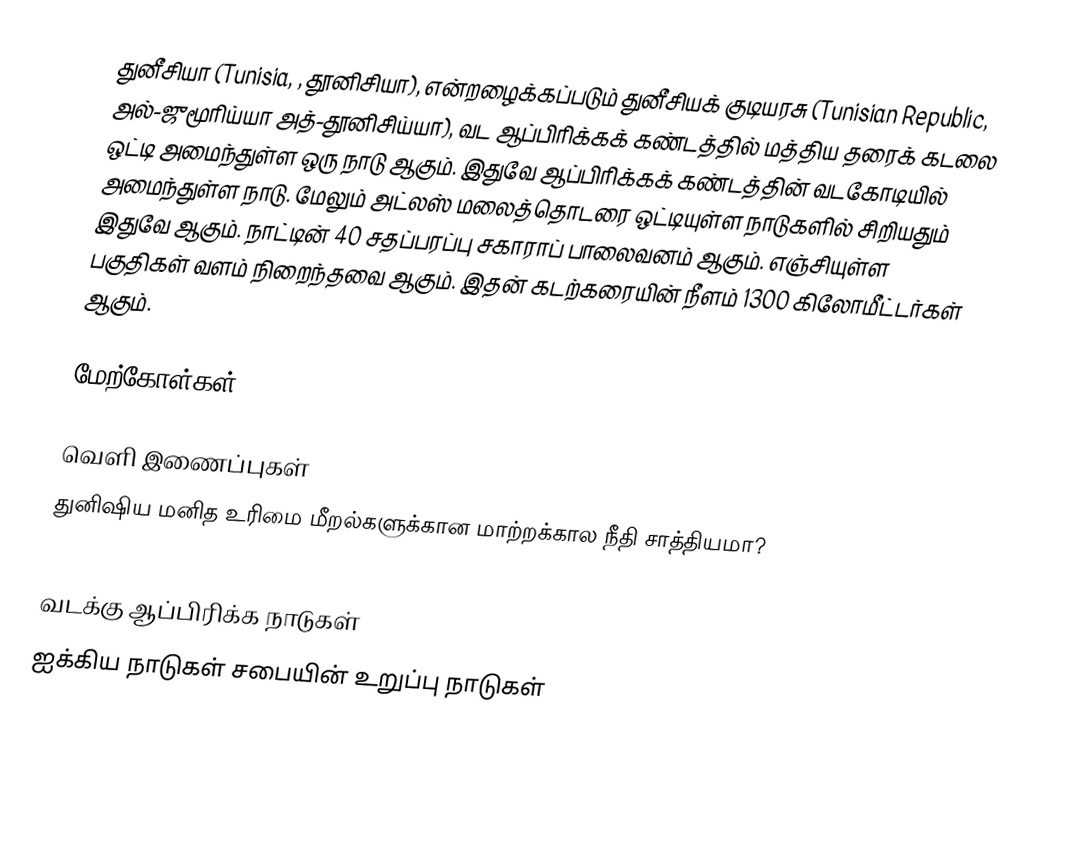
துனீசியா (Tunisia, , தூனிசியா), என்றழைக்கப்படும் துனீசியக் குடியரசு (Tunisian Republic,  அல்-ஜுமூரிய்யா அத்-தூனிசிய்யா), வட ஆப்பிரிக்கக் கண்டத்தில் மத்திய தரைக் கடலை ஒட்டி அமைந்துள்ள ஒரு நாடு ஆகும். இதுவே ஆப்பிரிக்கக் கண்டத்தின் வடகோடியில் அமைந்துள்ள நாடு. மேலும் அட்லஸ் மலைத்தொடரை ஒட்டியுள்ள நாடுகளில் சிறியதும் இதுவே ஆகும். நாட்டின் 40 சதப்பரப்பு சகாராப் பாலைவனம் ஆகும். எஞ்சியுள்ள பகுதிகள் வளம் நிறைந்தவை ஆகும். இதன் கடற்கரையின் நீளம் 1300 கிலோமீட்டர்கள் ஆகும்.

மேற்கோள்கள்

வெளி இணைப்புகள்
 துனிஷிய மனித உரிமை மீறல்களுக்கான மாற்றக்கால நீதி சாத்தியமா?

வடக்கு ஆப்பிரிக்க நாடுகள்
ஐக்கிய நாடுகள் சபையின் உறுப்பு நாடுகள்